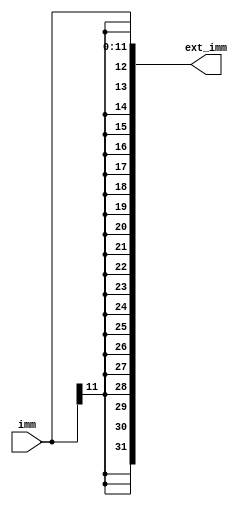
module sign_ext(
    input [11:0]imm,

    output [31:0]ext_imm
);

/* Sign-extend. */
assign ext_imm = {{20{imm[11]}}, imm};

endmodule